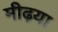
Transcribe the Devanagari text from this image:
मीढ़या